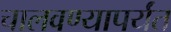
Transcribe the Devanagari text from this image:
चालवण्यापर्यंत